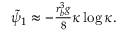
\begin{array} { r } { \tilde { \psi } _ { 1 } \approx - \frac { r _ { b } ^ { 3 } g } { 8 } \kappa \log \kappa . } \end{array}